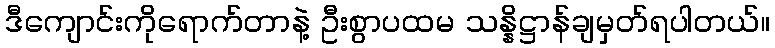
ဒီကျောင်းကိုရောက်တာနဲ့ ဦးစွာပထမ သန္နိဋ္ဌာန်ချမှတ်ရပါတယ်။